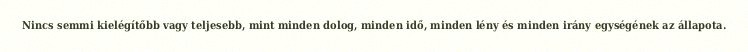
Nincs semmi kielégítőbb vagy teljesebb, mint minden dolog, minden idő, minden lény és minden irány egységének az állapota.